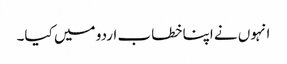
انہوں نے اپنا خطاب اردو میں کیا۔